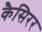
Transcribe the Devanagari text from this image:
कैसिरर